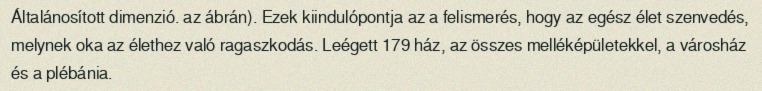
Általánosított dimenzió. az ábrán). Ezek kiindulópontja az a felismerés, hogy az egész élet szenvedés, melynek oka az élethez való ragaszkodás. Leégett 179 ház, az összes melléképületekkel, a városház és a plébánia.